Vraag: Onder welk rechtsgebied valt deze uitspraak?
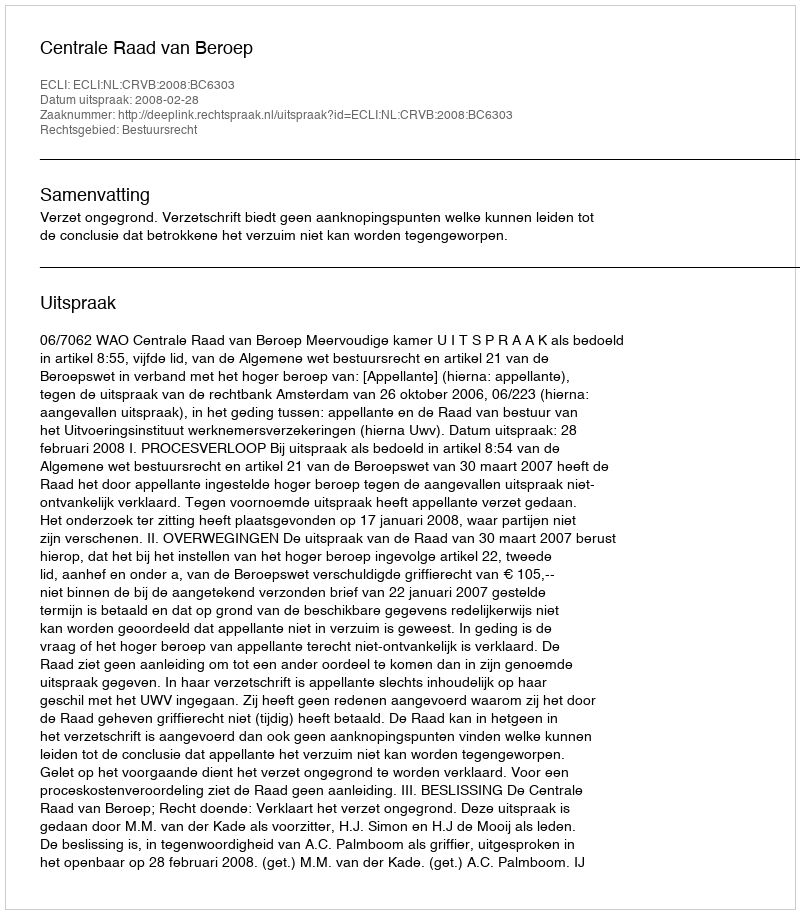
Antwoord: Bestuursrecht